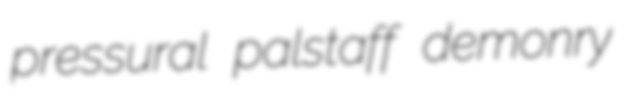
pressural palstaff demonry